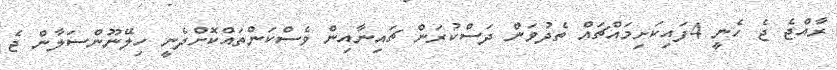
ރާއްޖެ ޖެ ހެނީ 4ފައިކަށިމައްޗައް ތެދުވަން ދަަސްކުރަން ޗައިނާއިން ވެސްކަންތައްކޮށްދެނީ ހިލޭނޫންސަލާން ޖެ